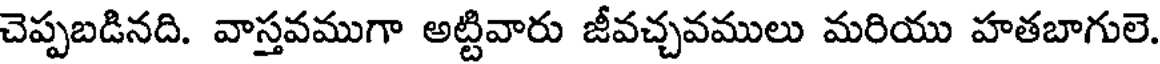
చెప్పబడినది. వాస్తవముగా అట్టివారు జీవచ్చవములు మరియు హతబాగులె.